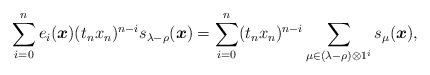
LaTeX: \begin{align*} \sum_{i=0}^n e_i(\boldsymbol{x}) (t_n x_n)^{n-i} s_{\lambda-\rho}(\boldsymbol{x}) = \sum_{i=0}^n (t_n x_n)^{n-i} \sum_{\mu \in (\lambda-\rho) \otimes 1^i} s_{\mu}(\boldsymbol{x}), \end{align*}